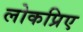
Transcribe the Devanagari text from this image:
लोकप्रिए